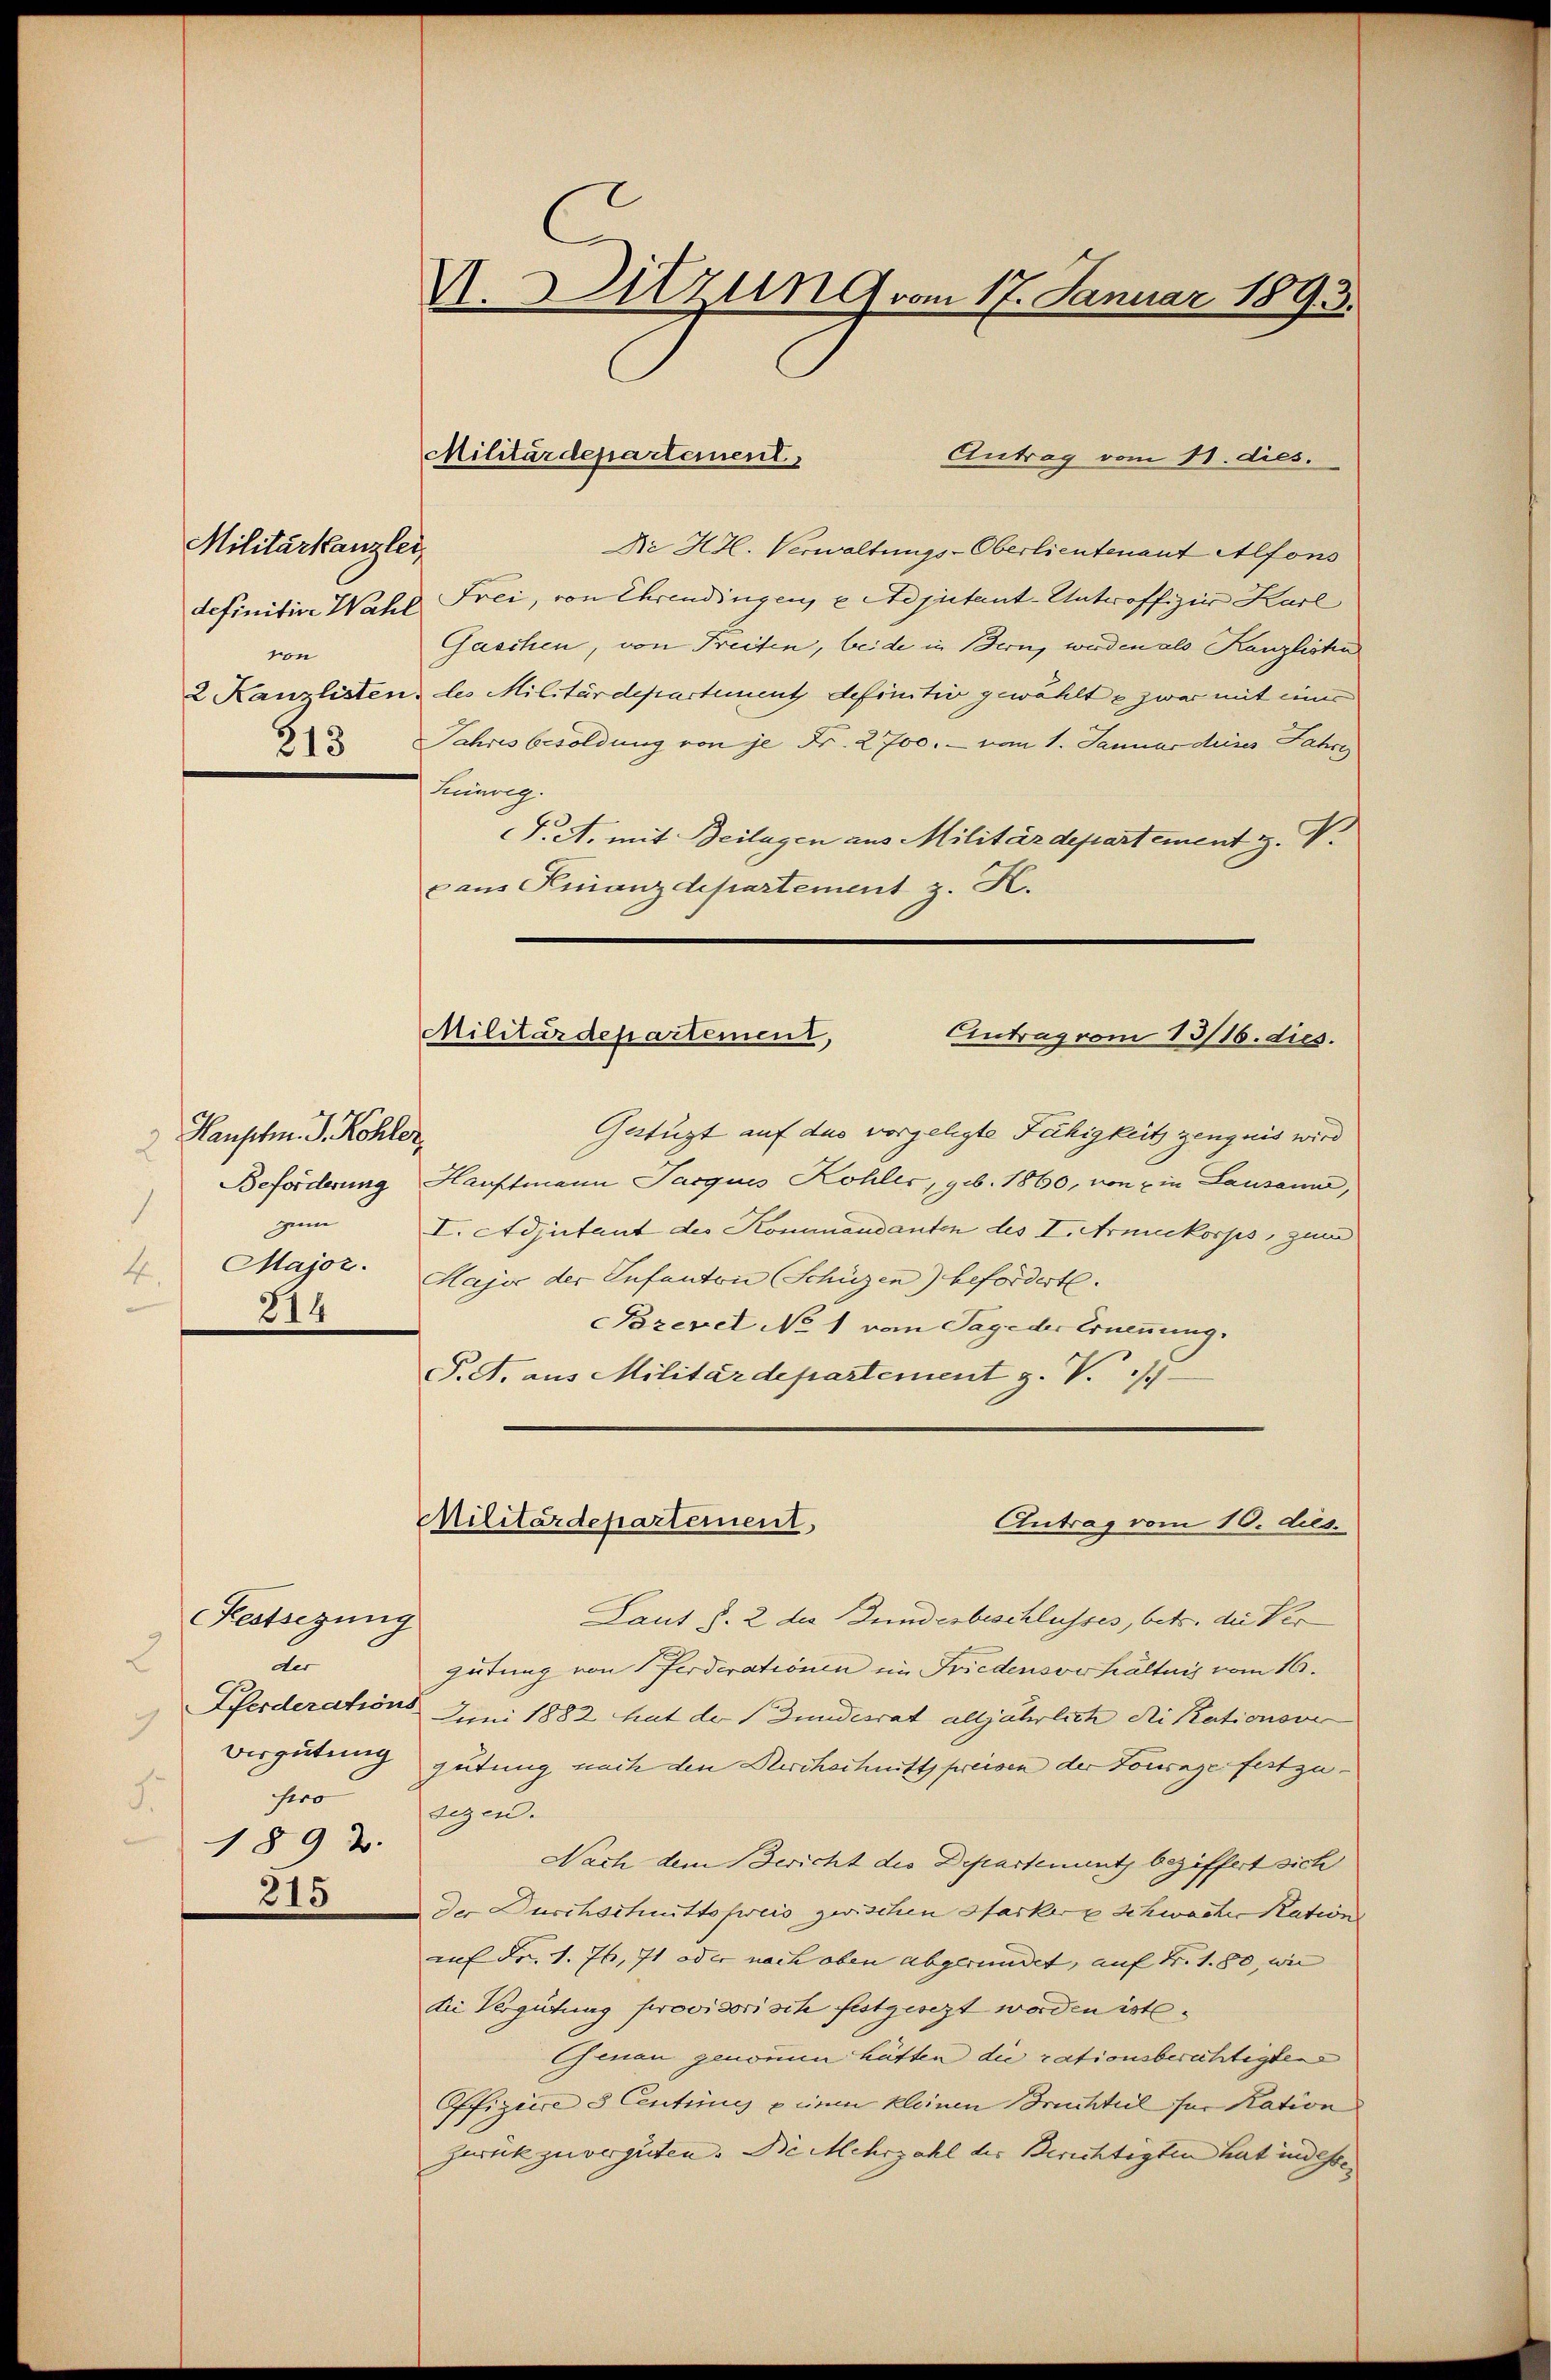
Militärkanzlei
definitive Wahl
ge

Hauptm. J. Kohler
x
1
zum
4.
214

Festsezung
2
des
Pferderations
9
Vergütung
hero
5.
1892.
315

V. Sitzung vom 17. Januar 1893.

Die H.H. Verwaltungs-Oberlieutenant Alfons
Frei, von Ehrendingen, e Adjutant-Untroffizier Karl
Gaschen, von Freiten, beide in Bern, werden als Kanzliste
2 Kanzlisten, les Militärdepartement definitiv gewählt & zwar mit einer
2 Jahres besoldung von je Fr. 2700. - vom 1. Januar dieses Jahre
Künveg.
T.A. mit Beilagen aus Militärdepartement H. V.
pans Finanzdepartement z. K.
Militärdepartement, Eintrag vom 13/16. dies.
Gestüzt auf das vorgelegte Fähigkeit zeugnis wird
Beforderung Hauptmann Jacquis Kohler, geb. 1860, von ein Lausann,
I. Adjutant des Kommandanten des I. Armeekorps, zum
Major. Major der Infanton Schüzen) beforderte.
Pozexel No 1 vom Tage der Ernennung.
P. A. aus Militärdepartement z. V. 19

Militärdepartement
Antrag vom 11. dies.

Militärdepartement
Antrag vom 10. dies

Laut §. 2 des Bundesbeschlusses, betr. die Ver
gütung von Forderationen im Friedensverhältnis vom 16.
Juni 1882 hat der Bundesrat alljährlich die Rationsve
gütung nach den Kirchechnitt preisen der Fourage festzugegen.
Nach dem Bericht die Departement beziffert sich
Der Durchschnittsfweis zwischen Starkere Schwacher Nation
auf Fr. 1. Js. 7t oder nach oben abgeründet, auf Fr. 1. 80, wie
Die Vergütung provisorisch festgesezt worden ist.
Genau genomme hätten die rationsberichtigten
Offiziere e Centring u einen kleinen Bruchteil für Kation
Zurück zu vergüten. Die Mehrzahl des Berichtigten hat indesse